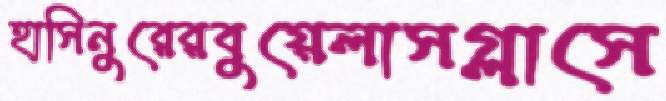
হাসিনুরেরবুয়েলাসগ্লাসে